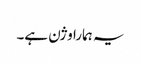
یہ ہمارا وژن ہے۔